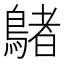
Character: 𪃲